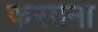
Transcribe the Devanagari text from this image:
फरग़ना